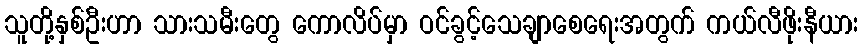
သူတို့နှစ်ဦးဟာ သားသမီးတွေ ကောလိပ်မှာ ဝင်ခွင့်သေချာစေရေးအတွက် ကယ်လီဖိုးနီယား